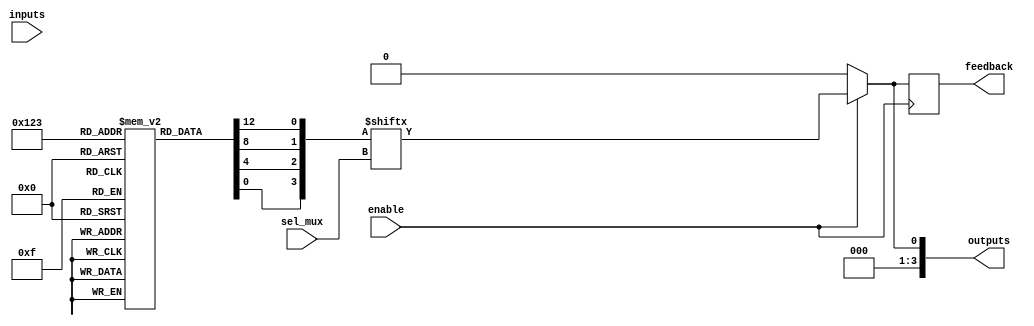
module CLB (
    input wire [3:0] inputs,            // Input signals (4-bit)
    input wire [1:0] sel_mux,           // Multiplexer select signals (2-bit)
    input wire enable,                   // Enable signal
    output wire [3:0] outputs,           // Output signals (4-bit)
    output wire feedback                 // Feedback path
);

// Internal signals
wire [15:0] lut_output;                // Output from LUTs
wire [3:0] mux_output;                 // Output from MUX
reg [3:0] lut_config [0:15];           // LUT configuration memory
reg [3:0] feedback_reg;                // Feedback register

// LUT configuration - example can be modified as needed
initial begin
    lut_config[0] = 4'b0000; // 0
    lut_config[1] = 4'b0001; // A
    lut_config[2] = 4'b0010; // B
    lut_config[3] = 4'b0011; // A AND B
    lut_config[4] = 4'b0100; // A OR B
    lut_config[5] = 4'b0101; // A XOR B
    lut_config[6] = 4'b0110; // NOT A
    lut_config[7] = 4'b0111; // NOT B
    lut_config[8] = 4'b1000; // A NAND B
    lut_config[9] = 4'b1001; // A NOR B
    lut_config[10] = 4'b1010; // A XNOR B
    lut_config[11] = 4'b1011; // A AND NOT B
    lut_config[12] = 4'b1100; // A OR NOT B
    lut_config[13] = 4'b1101; // NOT A AND B
    lut_config[14] = 4'b1110; // NOT A OR NOT B
    lut_config[15] = 4'b1111; // 1
end

// Combinational logic using LUT
generate
    genvar i;
    for (i = 0; i < 4; i = i + 1) begin : lut
        assign lut_output[i] = lut_config[{inputs[1:0], i}]; // Example LUT output based on 2 inputs
    end
endgenerate

// MUX implementation
assign mux_output = (enable) ? lut_output[sel_mux] : 4'b0000; // Output based on enable and selection

// Feedback path implementation
always @(posedge enable) begin
    feedback_reg <= mux_output; // Store the mux output in the feedback register
end

assign feedback = feedback_reg[0]; // Example feedback output

// Final output assignment
assign outputs = mux_output; // Connect MUX output to outputs

endmodule